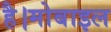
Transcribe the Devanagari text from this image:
है।मोबाइल